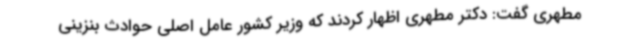
مطهری گفت: دکتر مطهری اظهار کردند که وزیر کشور عامل اصلی حوادث بنزینی